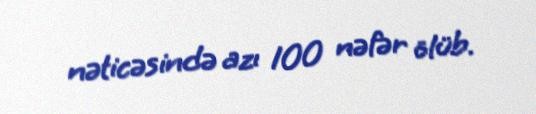
nəticəsində azı 100 nəfər ölüb.